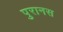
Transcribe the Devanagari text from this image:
पुरानस